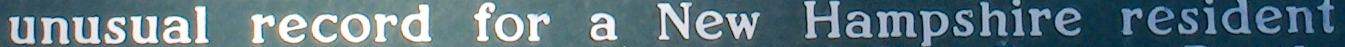
unusual record for a New Hampshire resident